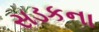
સડકના